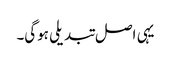
یہی اصل تبدیلی ہوگی۔